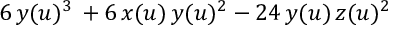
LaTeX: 6 \, y ( u ) ^ { 3 } \, + 6 \, x ( u ) \, y ( u ) ^ { 2 } - 2 4 \, y ( u ) \, z ( u ) ^ { 2 }